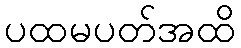
ပထမပတ်အထိ